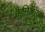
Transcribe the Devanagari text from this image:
कैमिओज